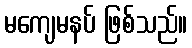
မကျေမနပ် ဖြစ်သည်။